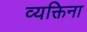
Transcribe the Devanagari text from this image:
व्यक्तिना